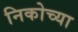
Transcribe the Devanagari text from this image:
निकोच्या